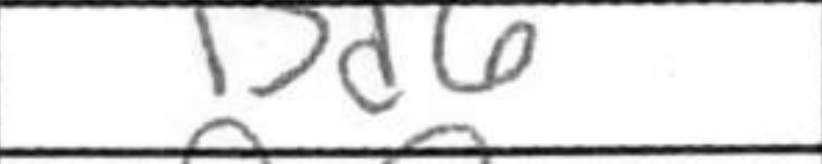
Transcription: Bd6